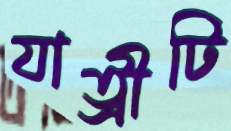
যাত্রীটি